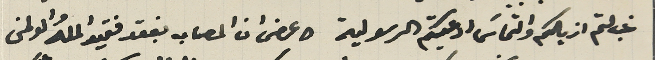
غب لثم ازيالكم والتماسَ ادعيتكم الرسولية وعرض ان المصاب بفقد فقيد اللهُ والوطن